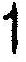
1